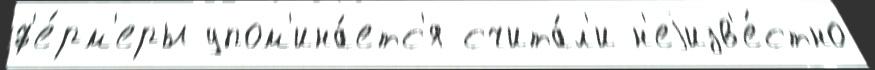
ф'е́рм'еры упом'ина́етс'я счита́л'и н'еjизв'е́стно